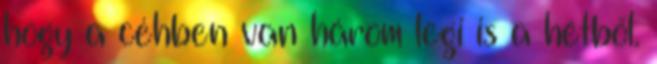
hogy a céhben van három legi is a hétből.